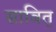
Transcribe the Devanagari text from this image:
साबित्